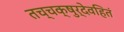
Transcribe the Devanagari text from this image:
तच्चक्षुर्देवहितं